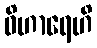
ဝိဟာရေဟိ